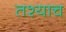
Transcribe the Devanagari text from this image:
तश्याच